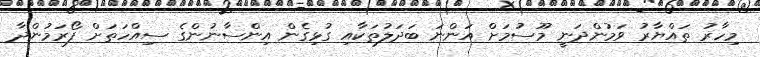
މިހާރު ތައްޔާރު ވަމުންދަނީ މޫސުމަށް އަންނަ ބަދަލުތަކާއި ގުޅިގެން އިންސާނުންގެ ސިއްހަތަށް ފޯރަމުންދާ